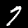
Digit: 7